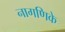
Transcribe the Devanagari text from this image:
नागणिके